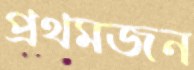
প্রথমজন